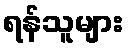
ရန်သူများ